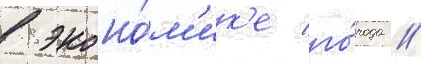
в эконо́м'ик'е го́рода //